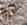
غير